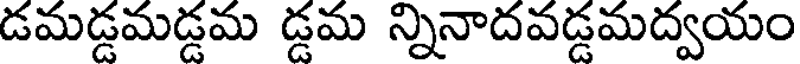
డమడ్డమడ్డమ డ్డమ న్నినాదవడ్డమద్వయం